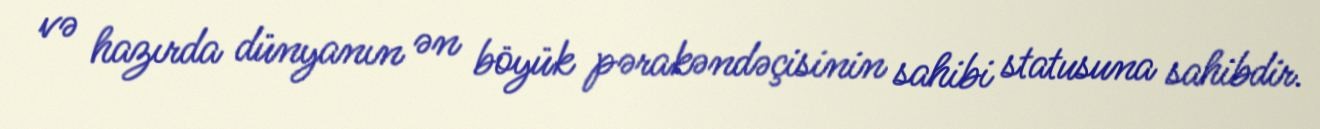
və hazırda dünyanın ən böyük pərakəndəçisinin sahibi statusuna sahibdir.